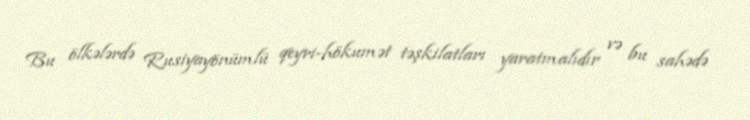
Bu ölkələrdə Rusiyayönümlü qeyri-hökumət təşkilatları yaratmalıdır və bu sahədə